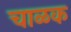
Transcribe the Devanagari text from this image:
चाळक